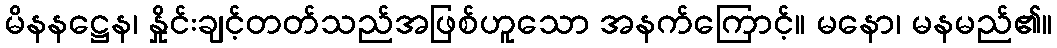
မိနနဋ္ဌေန၊ နှိုင်းချင့်တတ်သည်အဖြစ်ဟူသော အနက်ကြောင့်။ မနော၊ မနမည်၏။